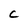
Character: C